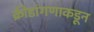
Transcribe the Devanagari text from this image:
क्रीडांगणाकडून